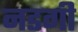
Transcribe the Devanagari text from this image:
नडगी